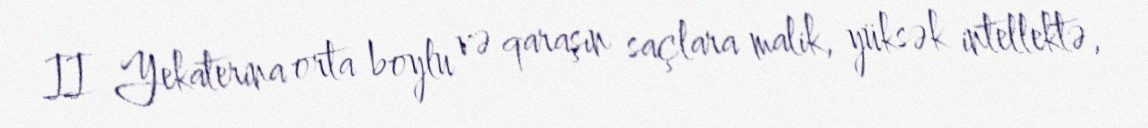
II Yekaterina orta boylu və qaraşın saçlara malik, yüksək intellektə,